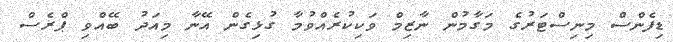
ޑިފެންސް މިނިސްޓަރުގެ މަގާމުން ނާޒިމް ވަކިކުރެއްވުމާ ގުޅިގެން އޭނާ މިއަދު ބޭއްވި ޕްރެސް